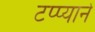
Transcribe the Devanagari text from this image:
टप्प्याने